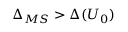
\Delta _ { M S } > \Delta ( U _ { 0 } )